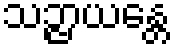
သဉ္ဇာယန္တေ